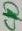
Text: C10